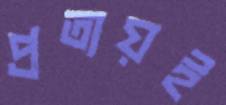
প্রত্যয়ই